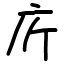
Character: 庍